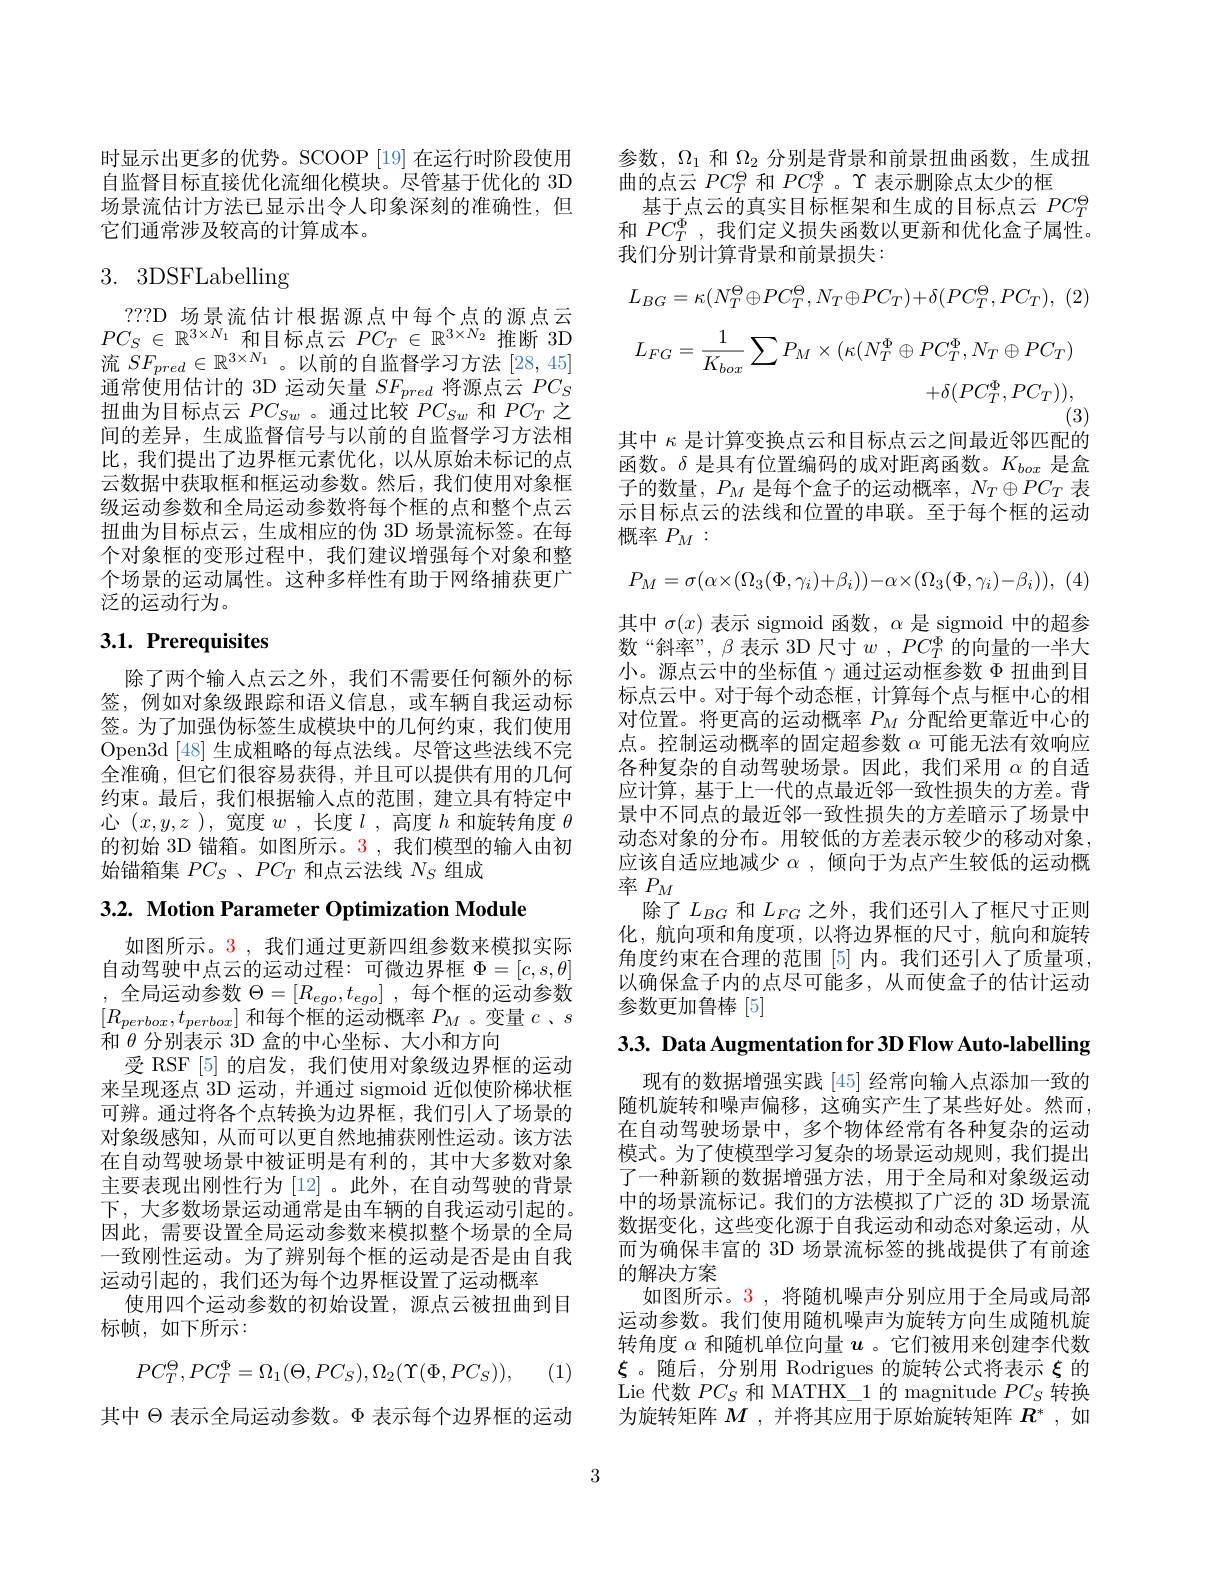
时显示出更多的优势。SCOOP [19] 在运行时阶段使用 参数，$\Omega_{1}$和$\Omega_{2}$分别是背景和前景扭曲函数，生成扭
自监督目标直接优化流细化模块。尽管基于优化的 3D 曲的点云$PC_T^\mathrm{\Theta}$和$PC_T^\mathrm{\Phi}$。$\Upsilon$表示删除点太少的框
场景流估计方法已显示出令人印象深刻的准确性，但
它们通常涉及较高的计算成本。

# 3. 3DSFLabelling

???D 场景流估计根据源点中每个点的源点云$PC_{S}\in\mathbb{R}^{3\times N_{1}}$和目标点云$PC_T\in\mathbb{R}^{3\times N_{2}}$推断3D 流$\bar{SF}_{pred}\in\mathbb{R}^{3\times N_1}$。以前的自监督学习方法[28,45] 通常使用估计的 3D 运动矢量$SF_{pred}$将源点云$PC_S$ 扭曲为目标点云$PC_Sw$ 。通过比较$PC_Sw$和$PC_T$之间的差异，生成监督信号与以前的自监督学习方法相比，我们提出了边界框元素优化，以从原始未标记的点云数据中获取框和框运动参数。然后，我们使用对象框级运动参数和全局运动参数将每个框的点和整个点云扭曲为目标点云，生成相应的伪 3D 场景流标签。在每个对象框的变形过程中，我们建议增强每个对象和整个场景的运动属性。这种多样性有助于网络捕获更广泛的运动行为。

# 3.1. Prerequisites

除了两个输入点云之外，我们不需要任何额外的标签，例如对象级跟踪和语义信息，或车辆自我运动标签。为了加强伪标签生成模块中的几何约束，我们使用Open3d[48]生成粗略的每点法线。尽管这些法线不完全准确，但它们很容易获得，并且可以提供有用的几何约束。最后，我们根据输入点的范围，建立具有特定中心$(x,y,z$ ),宽度$w$ ,长度$l$ ,高度$h$和旋转角度$\theta$ 的初始 3D 锚箱。如图所示。3 ,我们模型的输入由初始锚箱集$PC_S$ , $PC_T$和点云法线$N_S$组成

$3. 2. \textbf{ Motion Parameter Optimization Module}$

如图所示。3 , 我们通过更新四组参数来模拟实际自动驾驶中点云的运动过程：可微边界框$\Phi=[c,s,\theta]$ ,全局运动参数$\Theta = [ R_ego, t_{ego}]$ ,每个框的运动参数$[R_{perbox},t_{perbox}]$和每个框的运动概率$P_M$ 。变量$c$、$s$ 和$\theta$分别表示 3D 盒的中心坐标、大小和方向
受 RSF [5] 的启发，我们使用对象级边界框的运动来呈现逐点 3D 运动，并通过 sigmoid 近似使阶梯状框可辨。通过将各个点转换为边界框，我们引人了场景的对象级感知，从而可以更自然地捕获刚性运动。该方法在自动驾驶场景中被证明是有利的，其中大多数对象主要表现出刚性行为 [12]。此外，在自动驾驶的背景下，大多数场景运动通常是由车辆的自我运动引起的。因此，需要设置全局运动参数来模拟整个场景的全局一致刚性运动。为了辨别每个框的运动是否是由自我运动引起的，我们还为每个边界框设置了运动概率
使用四个运动参数的初始设置，源点云被扭曲到目
标帧，如下所示：
$$PC_{T}^{\Theta},PC_{T}^{\Phi}=\Omega_{1}(\Theta,PC_{S}),\Omega_{2}(\Upsilon(\Phi,PC_{S})),$$
(1)

其中$\Theta$表示全局运动参数。$\Phi$表示每个边界框的运动
$$L_{BG}=\kappa(N_{T}^{\Theta}\oplus PC_{T}^{\Theta},N_{T}\oplus PC_{T})+\delta(PC_{T}^{\Theta},PC_{T}),$$
$$\begin{aligned}L_{FG}=\frac{1}{K_{box}}\sum P_{M}\times(\kappa(N_{T}^{\Phi}\oplus PC_{T}^{\Phi},N_{T}\oplus PC_{T})\\+\delta(PC_{T}^{\Phi},PC_{T})),\end{aligned}$$
其中$\kappa$是计算变换点云和目标点云之间最近邻匹配的

基于点云的真实目标框架和生成的目标点云$PC_T^\Theta$ 和$PC_T^\Phi$,我们定义损失函数以更新和优化盒子属性。我们分别计算背景和前景损失：
函数。$\delta$是具有位置编码的成对距离函数。$K_{box}$是盒子的数量，$P_M$是每个盒子的运动概率，$N_T\oplus PC_T$表示目标点云的法线和位置的串联。至于每个框的运动概率$P_M:$
$$P_{M}=\sigma(\alpha\times(\Omega_{3}(\Phi,\gamma_{i})+\beta_{i}))-\alpha\times(\Omega_{3}(\Phi,\gamma_{i})-\beta_{i})),$$
其中$\sigma(x)$表示 sigmoid 函数，$\alpha$是 sigmoid 中的超参数“斜率”, $\beta$表示 3D 尺寸$w$ , $PC_T^{\Phi }$的向量的一半大小。源点云中的坐标值$\gamma$通过运动框参数$\Phi$扭曲到目标点云中。对于每个动态框，计算每个点与框中心的相对位置。将更高的运动概率$P_M$分配给更靠近中心的点。控制运动概率的固定超参数$\alpha$可能无法有效响应各种复杂的自动驾驶场景。因此，我们采用$\alpha$的自适应计算，基于上一代的点最近邻一致性损失的方差。背景中不同点的最近邻一致性损失的方差暗示了场景中动态对象的分布。用较低的方差表示较少的移动对象， 应该自适应地减少$\alpha$,倾向于为点产生较低的运动概率$P_M$
除了$L_{BG}$和$L_{FG}$之外，我们还引人了框尺寸正则化，航向项和角度项，以将边界框的尺寸，航向和旋转角度约束在合理的范围[5]内。我们还引人了质量项以确保盒子内的点尽可能多，从而使盒子的估计运动参数更加鲁棒[5]
3.3. Data Augmentation for 3D Flow Auto-labelling

现有的数据增强实践[45]经常向输入点添加一致的随机旋转和噪声偏移，这确实产生了某些好处。然而， 在自动驾驶场景中，多个物体经常有各种复杂的运动模式。为了使模型学习复杂的场景运动规则，我们提出了一种新颖的数据增强方法，用于全局和对象级运动中的场景流标记。我们的方法模拟了广泛的 3D 场景流数据变化，这些变化源于自我运动和动态对象运动，从而为确保丰富的 3D 场景流标签的挑战提供了有前途的解决方案
如图所示。3,将随机噪声分别应用于全局或局部运动参数。我们使用随机噪声为旋转方向生成随机旋转角度$\alpha$和随机单位向量$u$ 。它们被用来创建李代数$\xi$ 。随后，分别用 Rodrigues 的旋转公式将表示$\xi$的Lie 代数$PC_S$和 MATHX\_1 的 magnitude $PC_S$转换为旋转矩阵$M$ ,并将其应用于原始旋转矩阵$R^*$ ,如

3